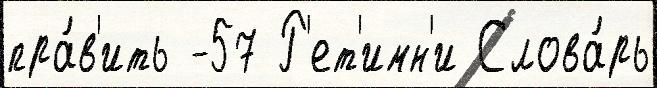
пра́в'ить -57 Р'ет'имн'и Слова́рь